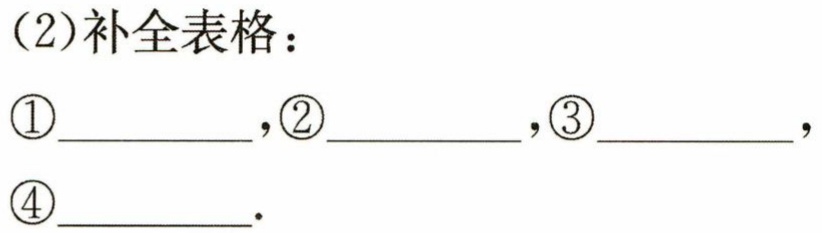
（2）补全表格：

\textcircled{1}__________，\textcircled{2}__________，\textcircled{3}__________，

\textcircled{4}__________.